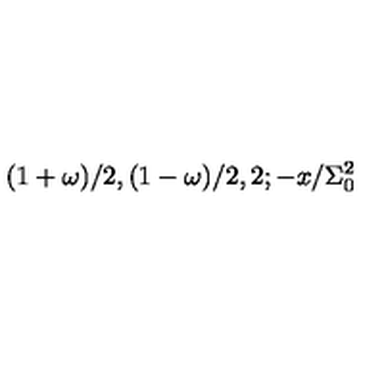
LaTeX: ( 1 + \omega ) / 2 , ( 1 - \omega ) / 2 , 2 ; - x / \Sigma _ { 0 } ^ { 2 }